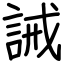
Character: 誡